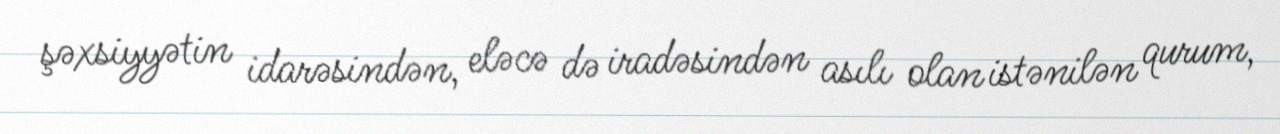
şəxsiyyətin idarəsindən, eləcə də iradəsindən asılı olan istənilən qurum,